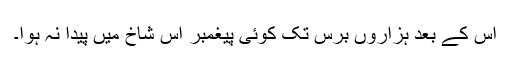
اس کے بعد ہزاروں برس تک کوئی پیغمبر اس شاخ میں پیدا نہ ہوا۔